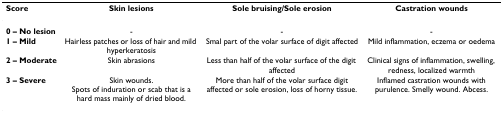
| Score | Skin lesions | Sole bruising/Sole erosion | Castration wounds |
 | --- | --- | --- | --- |
 | 0 – No lesion | - | - | - |
 | 1 – Mild | Hairless patches or loss of hair and mild hyperkeratosis | Smal part of the volar surface of digit affected | Mild inflammation, eczema or oedema |
 | 2 – Moderate | Skin abrasions | Less than half of the volar surface of the digit affected | Clinical signs of inflammation, swelling, redness, localized warmth |
 | 3 – Severe | Skin wounds.Spots of induration or scab that is a hard mass mainly of dried blood. | More than half of the volar surface digit affected or sole erosion, loss of horny tissue. | Inflamed castration wounds with purulence. Smelly wound. Abcess. |